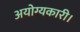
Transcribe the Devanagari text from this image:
अयोग्यकारी।